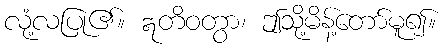
လုံ့လပြု၏။ ဣတိဝတွာ၊ ဤသို့မိန့်တော်မူ၍။